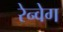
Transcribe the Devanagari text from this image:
रेन्वेग